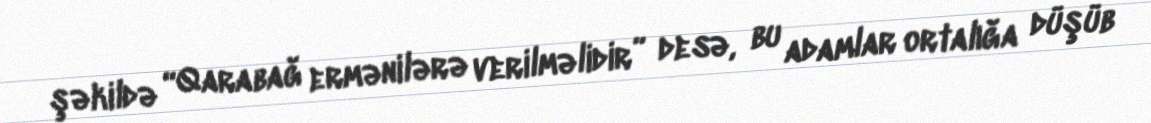
şəkildə “Qarabağ ermənilərə verilməlidir” desə, bu adamlar ortalığa düşüb